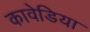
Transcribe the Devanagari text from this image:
कावेडिया